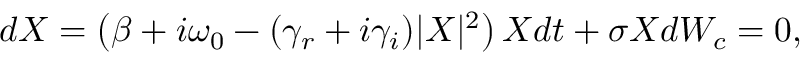
{ d X } = \left( \beta + i \omega _ { 0 } - ( \gamma _ { r } + i \gamma _ { i } ) | X | ^ { 2 } \right) X { d t } + \sigma X d W _ { c } = 0 ,